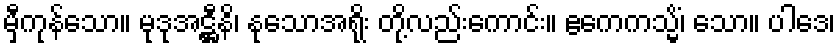
မှီကုန်သော။ မုဒုအဋ္ဌီနိ၊ နုသောအရိုး တို့လည်းကောင်း။ ဧကေကသ္မိံ၊ သော။ ပါဒေ၊